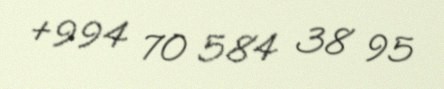
+994 70 584 38 95